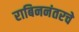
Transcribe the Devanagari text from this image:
राबिननंतरचे